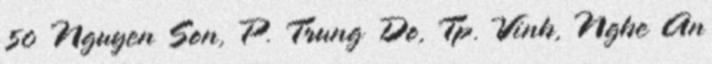
50 Nguyen Son, P. Trung Do, Tp. Vinh, Nghe An